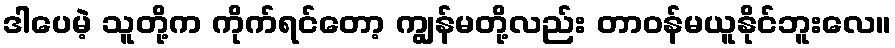
ဒါပေမဲ့ သူတို့က ကိုက်ရင်တော့ ကျွန်မတို့လည်း တာဝန်မယူနိုင်ဘူးလေ။